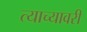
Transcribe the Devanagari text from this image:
त्याच्यावरी